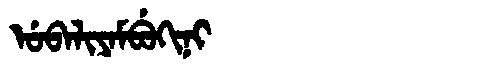
Manchu: ᡠᠪᠠᠯᡳᠶᠠᠮᠪᡠᡴᡳᠨᡳ
Romanization: UBALIYAMBUKINI